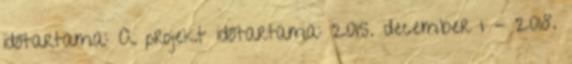
időtartama: A projekt időtartama: 2015. december 1 – 2018.